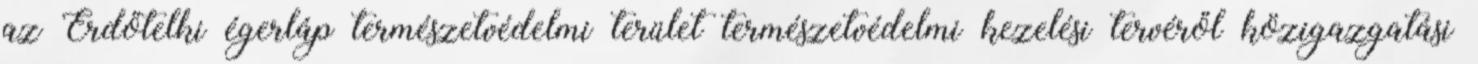
az Erdőtelki égerláp természetvédelmi terület természetvédelmi kezelési tervéről közigazgatási